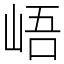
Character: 峿